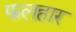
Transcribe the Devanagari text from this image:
फलहार